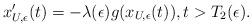
LaTeX: \begin{align*} x_{U,\epsilon}'(t)=-\lambda(\epsilon) g(x_{U,\epsilon}(t)), t>T_2(\epsilon).\end{align*}